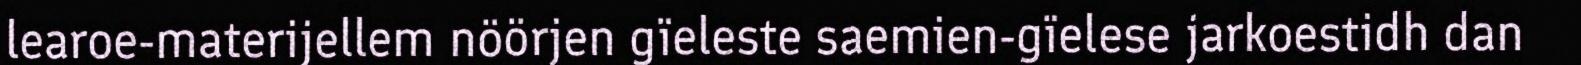
learoe-materijellem nöörjen gïeleste saemien-gïelese jarkoestidh dan